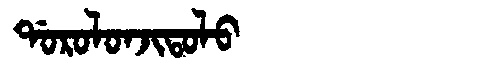
Manchu: ᡩᠣᡵᠣᠯᠣᠨᠵᡳᡨᠣᠯᠣ
Romanization: DOROLONJITOLO